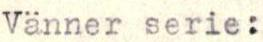
Vänner serie: